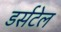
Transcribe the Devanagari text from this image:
डर्सटेल